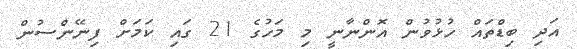
އަދި ބިޑްތައް ހުޅުވުން އޮންނާނީ މި މަހުގެ 21 ގައި ކަމަށް ފިނޭންސުން